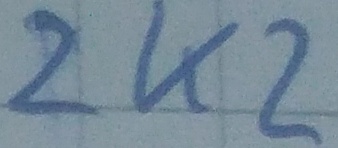
Text: 2K2